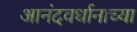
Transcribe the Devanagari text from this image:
आनंदवर्धानाच्या